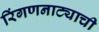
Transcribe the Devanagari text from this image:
रिंगणनाट्याची